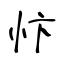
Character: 忭